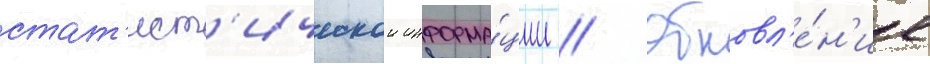
стат'ист'ическои информа́ции // Обновл'е́н'ие